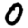
Digit: 0